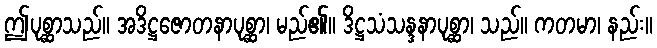
ဤပုစ္ဆာသည်။ အဒိဋ္ဌဇောတနာပုစ္ဆာ၊ မည်၏။ ဒိဋ္ဌသံသန္ဒနာပုစ္ဆာ၊ သည်။ ကတမာ၊ နည်း။